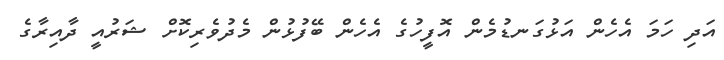
އަދި ހަމަ އެހެން އަޅުގަނޑުމެން އޮފީހުގެ އެހެން ބޭފުޅުން މެދުވެރިކޮށް ޝަރުއީ ދާއިރާގެ